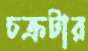
চক্রটার